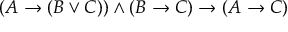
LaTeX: ( A \to ( B \lor C ) ) \land ( B \to C ) \to ( A \to C )